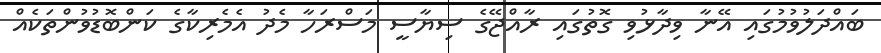
ބައްދަލުވުމުގައި އޭނާ ވިދާޅުވި ގޮތުގައި ރާއްޖޭގެ ސިޔާސީ މަސްރަހާ މެދު އެމެރިކާގެ ކަންބޮޑުވުންތަކެއް